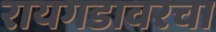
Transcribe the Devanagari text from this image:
रायगडावरचा